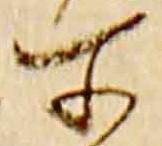
所